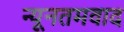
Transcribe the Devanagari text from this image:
न्यूनतमवाद